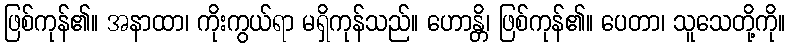
ဖြစ်ကုန်၏။ အနာထာ၊ ကိုးကွယ်ရာ မရှိကုန်သည်။ ဟောန္တိ၊ ဖြစ်ကုန်၏။ ပေတာ၊ သူသေတို့ကို။